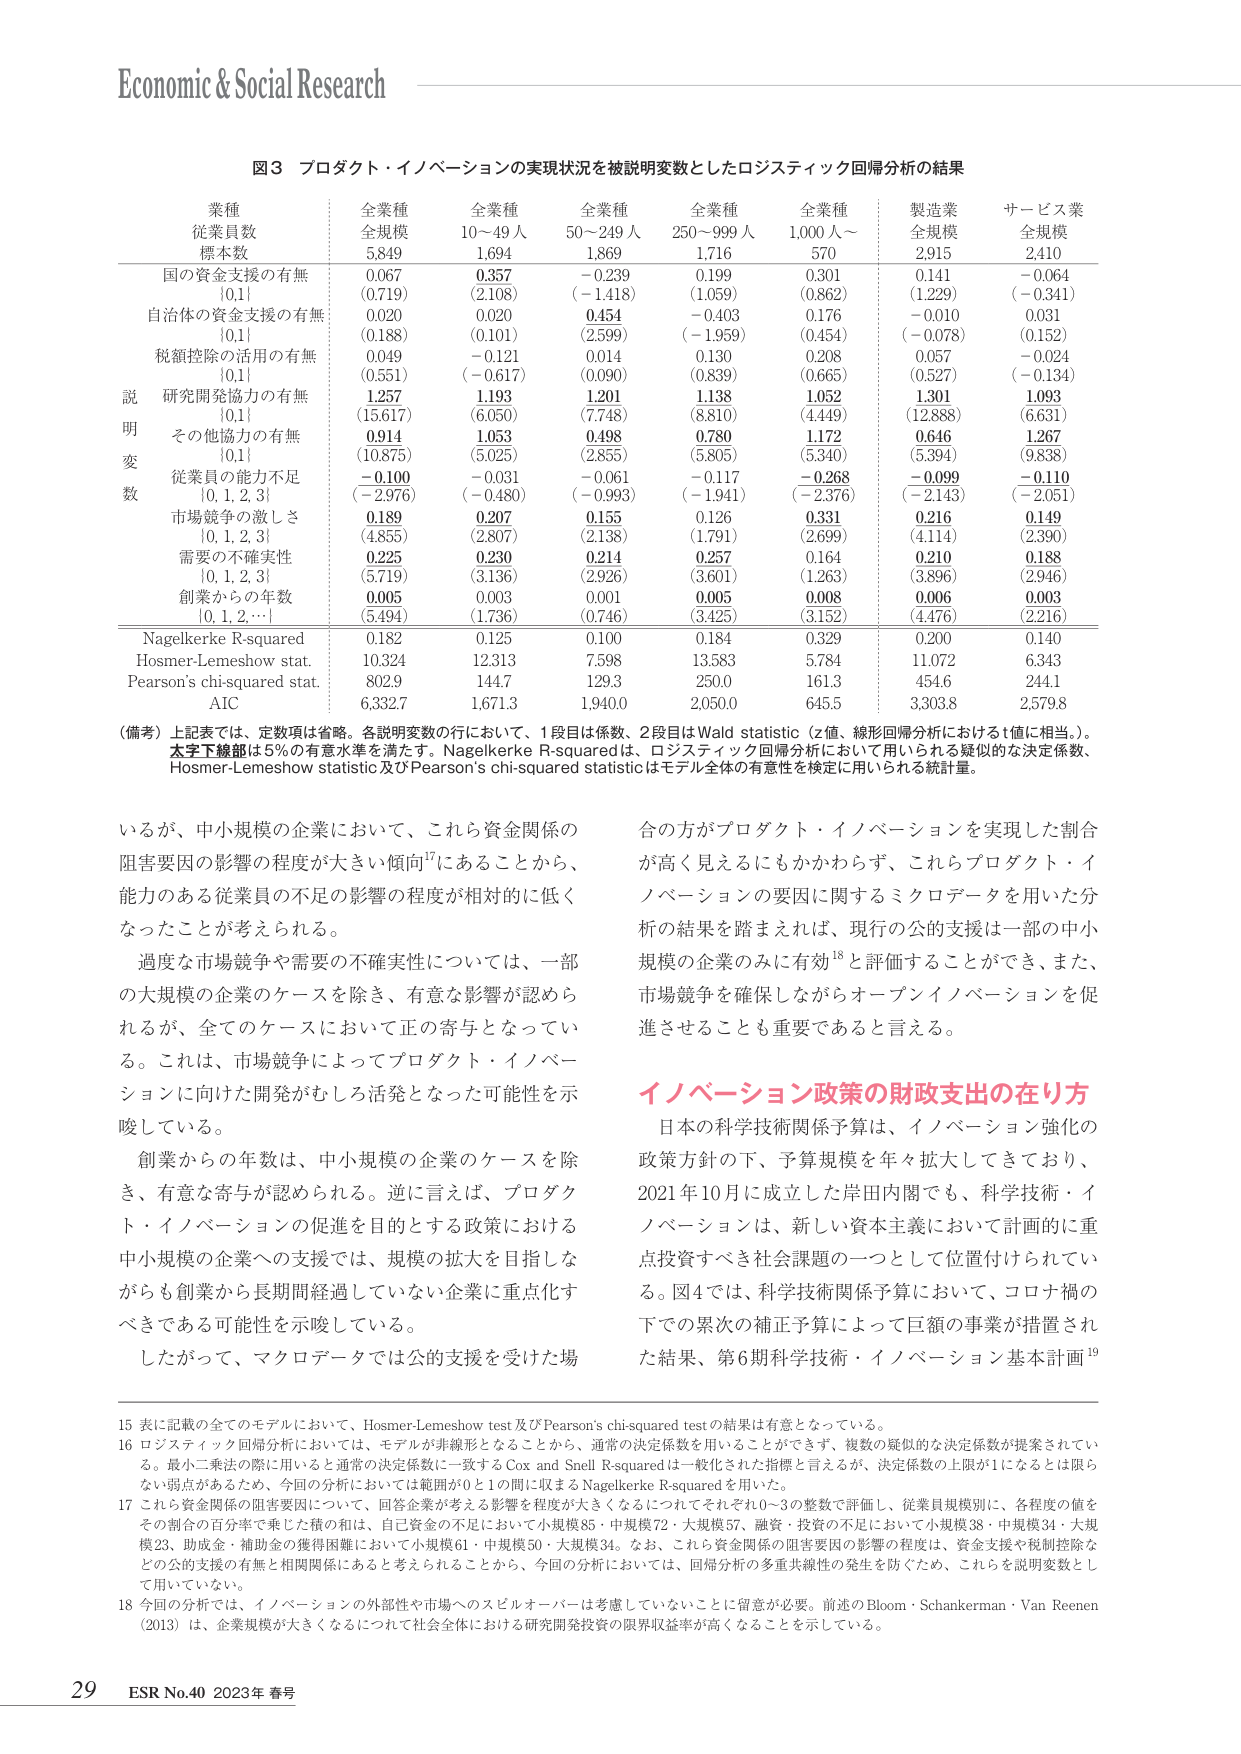
Economic & Social Research

図3 プロダクト・イノベーションの実現状況を被説明変数としたロジスティック回帰分析の結果

業種
従業員数
標本数

全業種
全規模
5,849

全業種
10～49人
1,694

全業種
50～249人
1,869

全業種
250～999人
1,716

全業種
1,000人～
570

製造業
全規模
2,915

サービス業
全規模
2,410

説明変数
国の資金支援の有無
[0,1]
0.067
(0.719)
0.357
(2.108)
-0.239
(-1.418)
0.199
(1.059)
0.301
(0.862)
0.141
(1.229)
-0.064
(-0.341)

自治体の資金支援の有無
[0,1]
0.020
(0.188)
0.020
(0.101)
0.454
(2.599)
-0.403
(-1.959)
0.176
(0.454)
-0.010
(-0.078)
0.031
(0.152)

税額控除の活用の有無
[0,1]
0.049
(0.551)
-0.121
(-0.617)
0.014
(0.090)
0.130
(0.839)
0.208
(0.665)
0.057
(0.527)
-0.024
(-0.134)

研究開発協力の有無
[0,1]
1.257
(15.617)
1.193
(6.050)
1.201
(7.748)
1.138
(8.810)
1.052
(4.449)
1.301
(12.888)
1.093
(6.631)

その他協力の有無
[0,1]
0.914
(10.875)
1.053
(5.025)
0.498
(2.855)
0.780
(5.805)
1.172
(5.340)
0.646
(5.394)
1.267
(9.838)

従業員の能力不足
[0, 1, 2, 3]
-0.100
(-2.976)
-0.031
(-0.480)
-0.061
(-0.993)
-0.117
(-1.941)
-0.268
(-2.376)
-0.099
(-2.143)
-0.110
(-2.051)

市場競争の激しさ
[0, 1, 2, 3]
0.189
(4.855)
0.207
(2.807)
0.155
(2.138)
0.126
(1.791)
0.331
(2.699)
0.216
(4.114)
0.149
(2.390)

需要の不確実性
[0, 1, 2, 3]
0.225
(5.719)
0.230
(3.136)
0.214
(2.926)
0.257
(3.601)
0.164
(1.263)
0.210
(3.896)
0.188
(2.946)

創業からの年数
[0, 1, 2, …]
0.005
(5.494)
0.003
(1.736)
0.001
(0.746)
0.005
(3.425)
0.008
(3.152)
0.006
(4.476)
0.003
(2.216)

Nagelkerke R-squared
0.182
0.125
0.100
0.184
0.329
0.200
0.140

Hosmer-Lemeshow stat.
10.324
12.313
7.598
13.583
5.784
11.072
6.343

Pearson's chi-squared stat.
802.9
1447.3
129.3
250.0
161.3
454.6
244.1

AIC
6,332.7
1,671.3
1,940.0
2,050.0
645.5
3,303.8
2,579.8

（備考）上記表では、定数項は省略。各説明変数の行において、1段目は係数、2段目はWald statistic（z値、線形回帰分析におけるt値に相当。）。太字下線部は5％の有意水準を満たす。Nagelkerke R-squaredは、ロジスティック回帰分析において用いられる疑似的な決定係数、Hosmer-Lemeshow statistic及びPearson's chi-squared statisticはモデル全体の有意性を検定に用いられる統計量。

いるが、中小規模の企業において、これら資金関係の阻害要因の影響の程度が大きい傾向¹⁷にあることから、能力のある従業員の不足の影響の程度が相対的に低くなったことが考えられる。

過度な市場競争や需要の不確実性については、一部の大規模の企業のケースを除き、有意な影響が認められるが、全てのケースにおいて正の寄与となっている。これは、市場競争によってプロダクト・イノベーションに向けた開発がむしろ活発となった可能性を示唆している。

創業からの年数は、中小規模の企業のケースを除き、有意な寄与が認められる。逆に言えば、プロダクト・イノベーションの促進を目的とする政策における中小規模の企業への支援では、規模の拡大を目指しながらも創業から長期間経過していない企業に重点化すべきである可能性を示唆している。

したがって、マクロデータでは公的支援を受けた場合の方がプロダクト・イノベーションを実現した割合が高く見えるにもかかわらず、これらプロダクト・イノベーションの要因に関するミクロデータを用いた分析の結果を踏まえれば、現行の公的支援は一部の中小規模の企業のみに有効¹⁸と評価することができ、また、市場競争を確保しながらオープンイノベーションを促進させることも重要であると言える。

イノベーション政策の財政支出の在り方

日本の科学技術関係予算は、イノベーション強化の政策方針の下、予算規模を年々拡大してきており、2021年10月に成立した岸田内閣でも、科学技術・イノベーションは、新しい資本主義において計画的に重点投資すべき社会課題の一つとして位置付けられている。図4では、科学技術関係予算において、コロナ禍の下での累次の補正予算によって巨額の事業が措置された結果、第6期科学技術・イノベーション基本計画¹⁹

15 表に記載の全てのモデルにおいて、Hosmer-Lemeshow test及びPearson's chi-squared testの結果は有意となっている。

16 ロジスティック回帰分析においては、モデルが非線形となることから、通常の決定係数を用いることができず、複数の疑似的な決定係数が提案されている。最小二乗法の際に用いると通常の決定係数に一致するCox and Snell R-squaredは一般化された指標と言えるが、決定係数の上限が1になるとは限らない弱点があるため、今回の分析においては範囲が0と1の間に収まるNagelkerke R-squaredを用いた。

17 これら資金関係の阻害要因については、回答企業が考える影響を程度が大きくなるにつれてそれぞれ0～3の整数で評価し、従業員規模別に、各程度の値をその割合の百分率で乗じた積の和は、自己資金の不足において小規模85・中規模72・大規模57、融資・投資の不足において小規模38・中規模34・大規模23、助成金・補助金の獲得困難において小規模61・中規模50・大規模34。なお、これら資金関係の阻害要因の影響の程度は、資金支援や税制控除などの公的支援の有無と相関関係にあると考えられることから、今回の分析においては、回帰分析の多重共線性の発生を防ぐため、これらを説明変数として用いていない。

18 今回の分析では、イノベーションの外部性や市場へのスピルオーバーは考慮していないことに留意が必要。前述のBloom・Schanckerman・Van Reenen（2013）は、企業規模が大きくなるにつれて社会全体における研究開発投資の限界収益率が高くなることを示している。

29 ESR No.40 2023年 春号